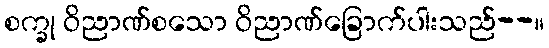
စက္ခု ဝိညာဏ်စသော ဝိညာဏ်ခြောက်ပါးသည်--။